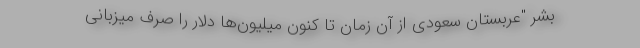
بشر "عربستان سعودی از آن زمان تا کنون میلیون‌ها دلار را صرف میزبانی